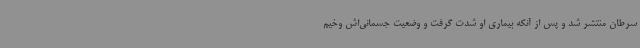
سرطان منتشر شد و پس از آنکه بیماری او شدت گرفت و وضعیت جسمانی‌اش وخیم